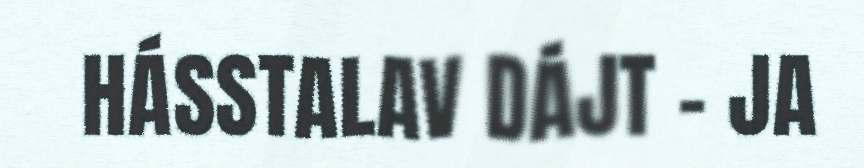
HÁSSTALAV DÁJT – JA